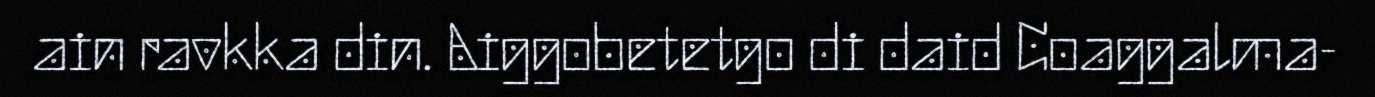
ain ravkka din. Aiggobetetgo di daid Coaggalma-